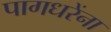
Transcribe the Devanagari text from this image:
पागधरेंना